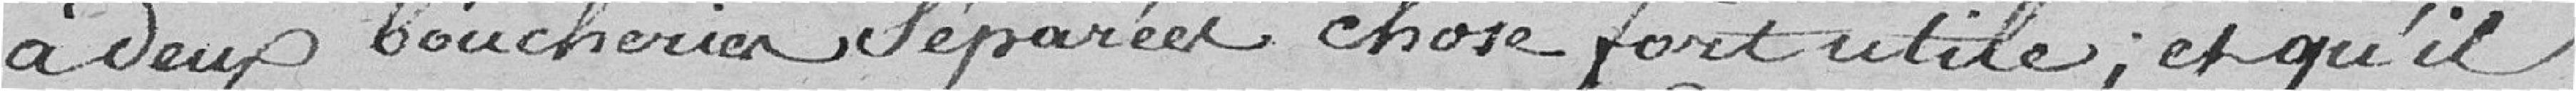
a deux boucheries séparées, chose fort utiles, et qu'il